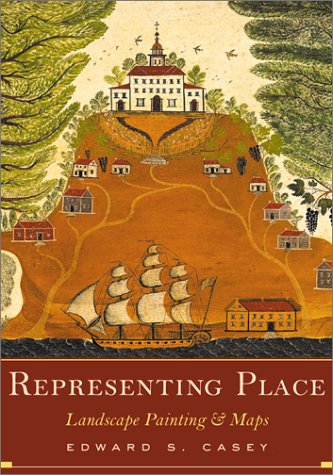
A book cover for Representing Place: Landscape Painting And Maps; Edward S. Casey; Arts & Photography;